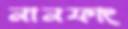
নানফাং